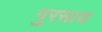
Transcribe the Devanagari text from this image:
गुरसाय